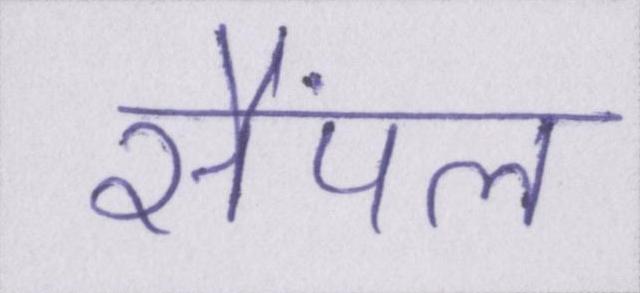
सैंपल